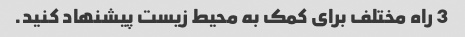
3 راه مختلف برای کمک به محیط زیست پیشنهاد کنید.